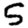
Digit: 5